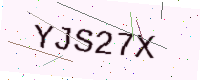
Text: YJS27X